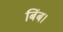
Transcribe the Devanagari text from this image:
बिंब।